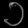
Digit: ၁